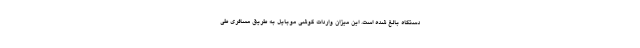
دستگاه بالغ شده است. این میزان واردات گوشی موبایل به طریق مسافری طی